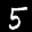
Label: 5